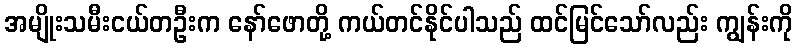
အမျိုးသမီးငယ်တဦးက နော်ဖောတို့ ကယ်တင်နိုင်ပါသည် ထင်မြင်သော်လည်း ကျွန်းကို